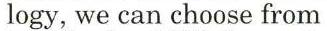
logy, we can choose from